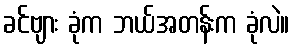
ခင်ဗျား ခုံက ဘယ်အတန်းက ခုံလဲ။